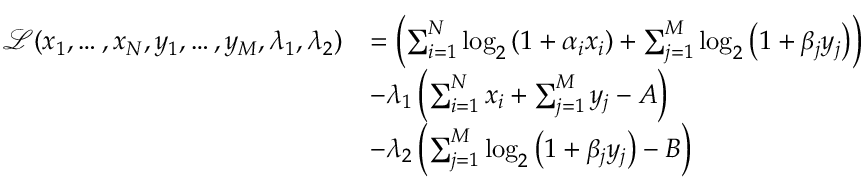
\begin{array} { r l } { \mathcal { L } ( x _ { 1 } , \ldots , x _ { N } , y _ { 1 } , \ldots , y _ { M } , \lambda _ { 1 } , \lambda _ { 2 } ) } & { = \left( \sum _ { i = 1 } ^ { N } \log _ { 2 } \left( 1 + \alpha _ { i } x _ { i } \right) + \sum _ { j = 1 } ^ { M } \log _ { 2 } \left( 1 + \beta _ { j } y _ { j } \right) \right) } \\ & { - \lambda _ { 1 } \left( \sum _ { i = 1 } ^ { N } x _ { i } + \sum _ { j = 1 } ^ { M } y _ { j } - A \right) } \\ & { - \lambda _ { 2 } \left( \sum _ { j = 1 } ^ { M } \log _ { 2 } \left( 1 + \beta _ { j } y _ { j } \right) - B \right) } \end{array}